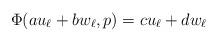
LaTeX: \begin{align*}\Phi(au_\ell + b w_\ell, p) = c u_\ell + d w_\ell\end{align*}